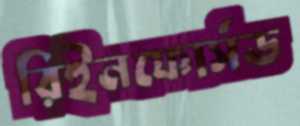
রিইনফোর্সড